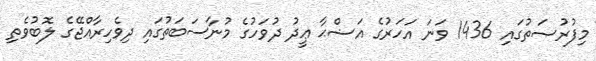
މިފުރުޞަތުގައި 1436 ވަނަ އަހަރުގެ އަޟްޙާ ޢީދު ދުވަހުގެ މުނާސަބަތުގައި ދިވެހިރާއްޖޭގެ ލޮބުވެތި